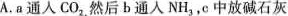
A.a通人CO_{2}，然后b通人NH_{3}，c中放碱石灰